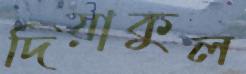
দিয়াকুল